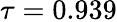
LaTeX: \tau=0.939